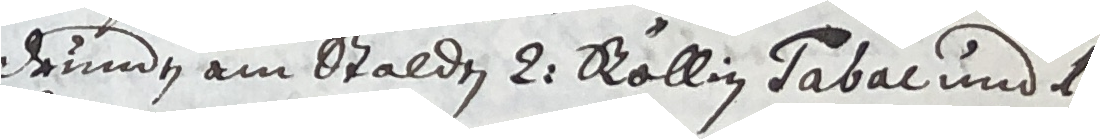
drunden am stalden 2 röllig sabal und